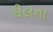
દીલના